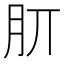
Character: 𣍠